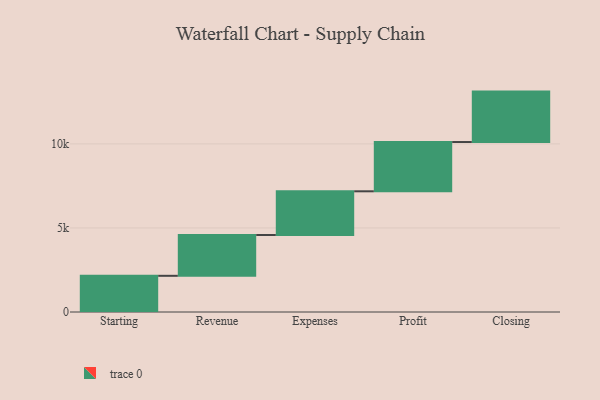
{"axis": {"x": "Step", "y": "Value"}, "legend": [""], "data": [{"x": "Starting", "y": 2153.0, "type": ""}, {"x": "Revenue", "y": 2429.0, "type": ""}, {"x": "Expenses", "y": 2598.0, "type": ""}, {"x": "Profit", "y": 2931.0, "type": ""}, {"x": "Closing", "y": 3000, "type": ""}]}